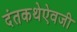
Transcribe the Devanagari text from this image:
दंतकथेऐवजी